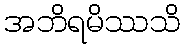
အဘိရမိဿသိ